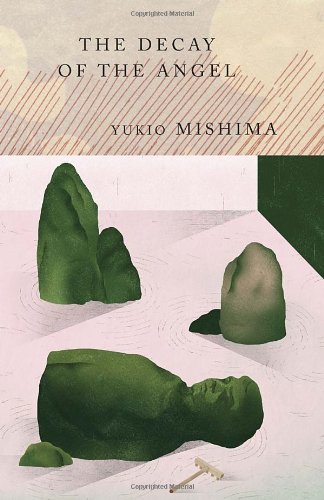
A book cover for The Decay of the Angel (Sea of Fertility, Book 4); Yukio Mishima; Literature & Fiction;